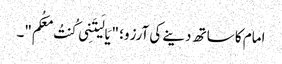
امام کا ساتھ دینے کی آرزو؛ "یَا لَیتَنِی کُنتُ مَعَکُم"۔